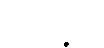
ပရိဘုဉ္ဇတိ